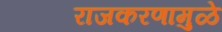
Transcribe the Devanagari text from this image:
राजकरणामुळे